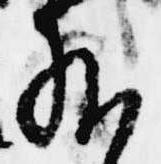
給